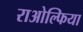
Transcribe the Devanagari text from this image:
राओल्फिया